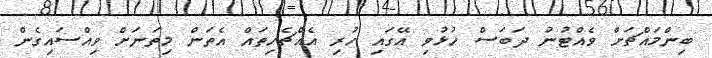
ބިންމައްޗަށް ވެއްޓުނު ދަބަސް ހުޅުވި އޭގައި ހުރި އެއްޗެހިތައް އެތަން މިތަނަށް ވިއްސައިގެން